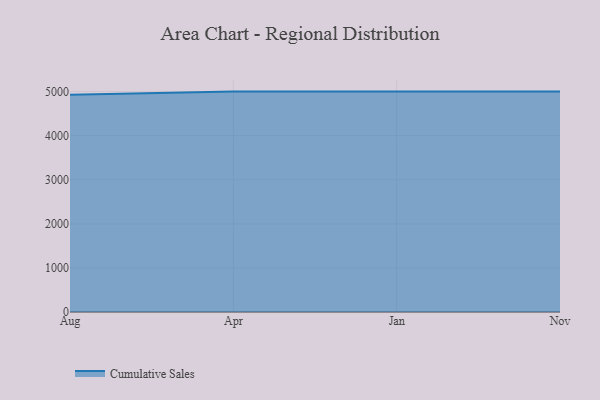
{"axis": {"x": "Month", "y": "Inventory Turnover"}, "legend": ["Cumulative Sales"], "data": [{"x": "Aug", "y": 4929.8, "type": "Cumulative Sales"}, {"x": "Apr", "y": 5000, "type": "Cumulative Sales"}, {"x": "Jan", "y": 5000, "type": "Cumulative Sales"}, {"x": "Nov", "y": 5000, "type": "Cumulative Sales"}]}